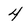
Character: 4